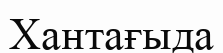
Хантағыда